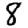
Digit: 8